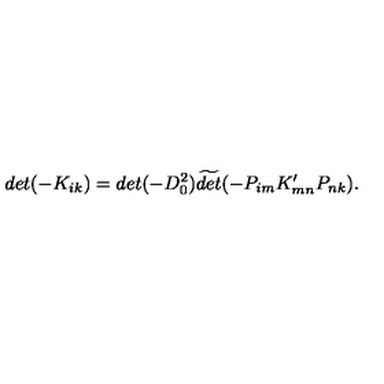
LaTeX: d e t ( - K _ { i k } ) = d e t ( - D _ { 0 } ^ { 2 } ) \widetilde { d e t } ( - P _ { i m } K _ { m n } ^ { \prime } P _ { n k } ) .